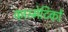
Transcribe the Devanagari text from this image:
कास्मेटिकों